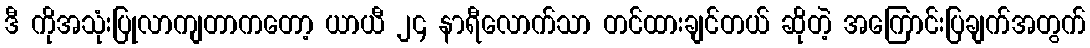
ဒီ ကိုအသုံးပြုလာကျတာကတော့ ယာယီ ၂၄ နာရီလောက်သာ တင်ထားချင်တယ် ဆိုတဲ့ အကြောင်းပြချက်အတွက်